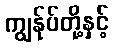
ကျွန်ုပ်တို့နှင့်